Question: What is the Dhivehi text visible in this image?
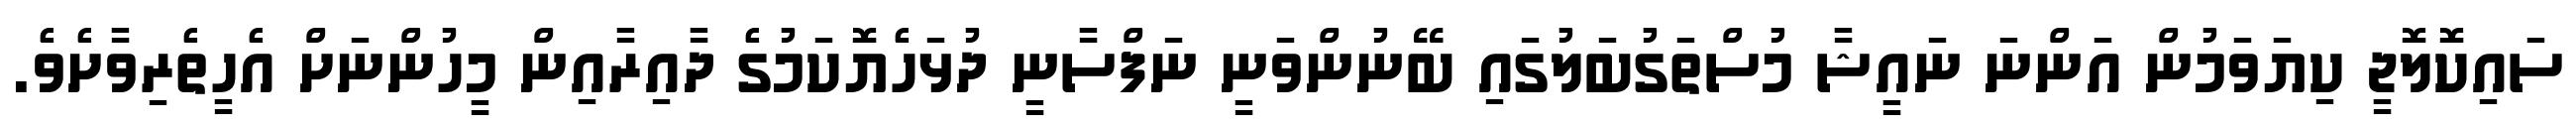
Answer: ސައިކޮލޮޖީ ކިޔަވަމުން އަންނަ ނައީޝާ މުސްތަގުބަލުގައި ބޭނުންވަނީ ނަފްސާނީ ދުޅަހެޔޮކަމުގެ ދާއިރާއިން މީހުންނަށް އެހީތެރިވާށެވެ.